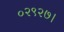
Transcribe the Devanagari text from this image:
०२९२७।